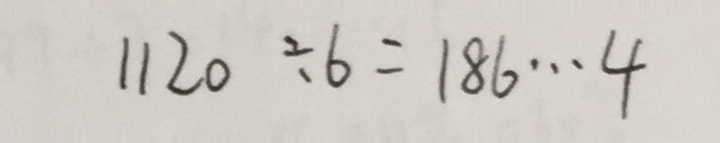
1 1 2 0 \div 6 = 1 8 6 \cdots 4